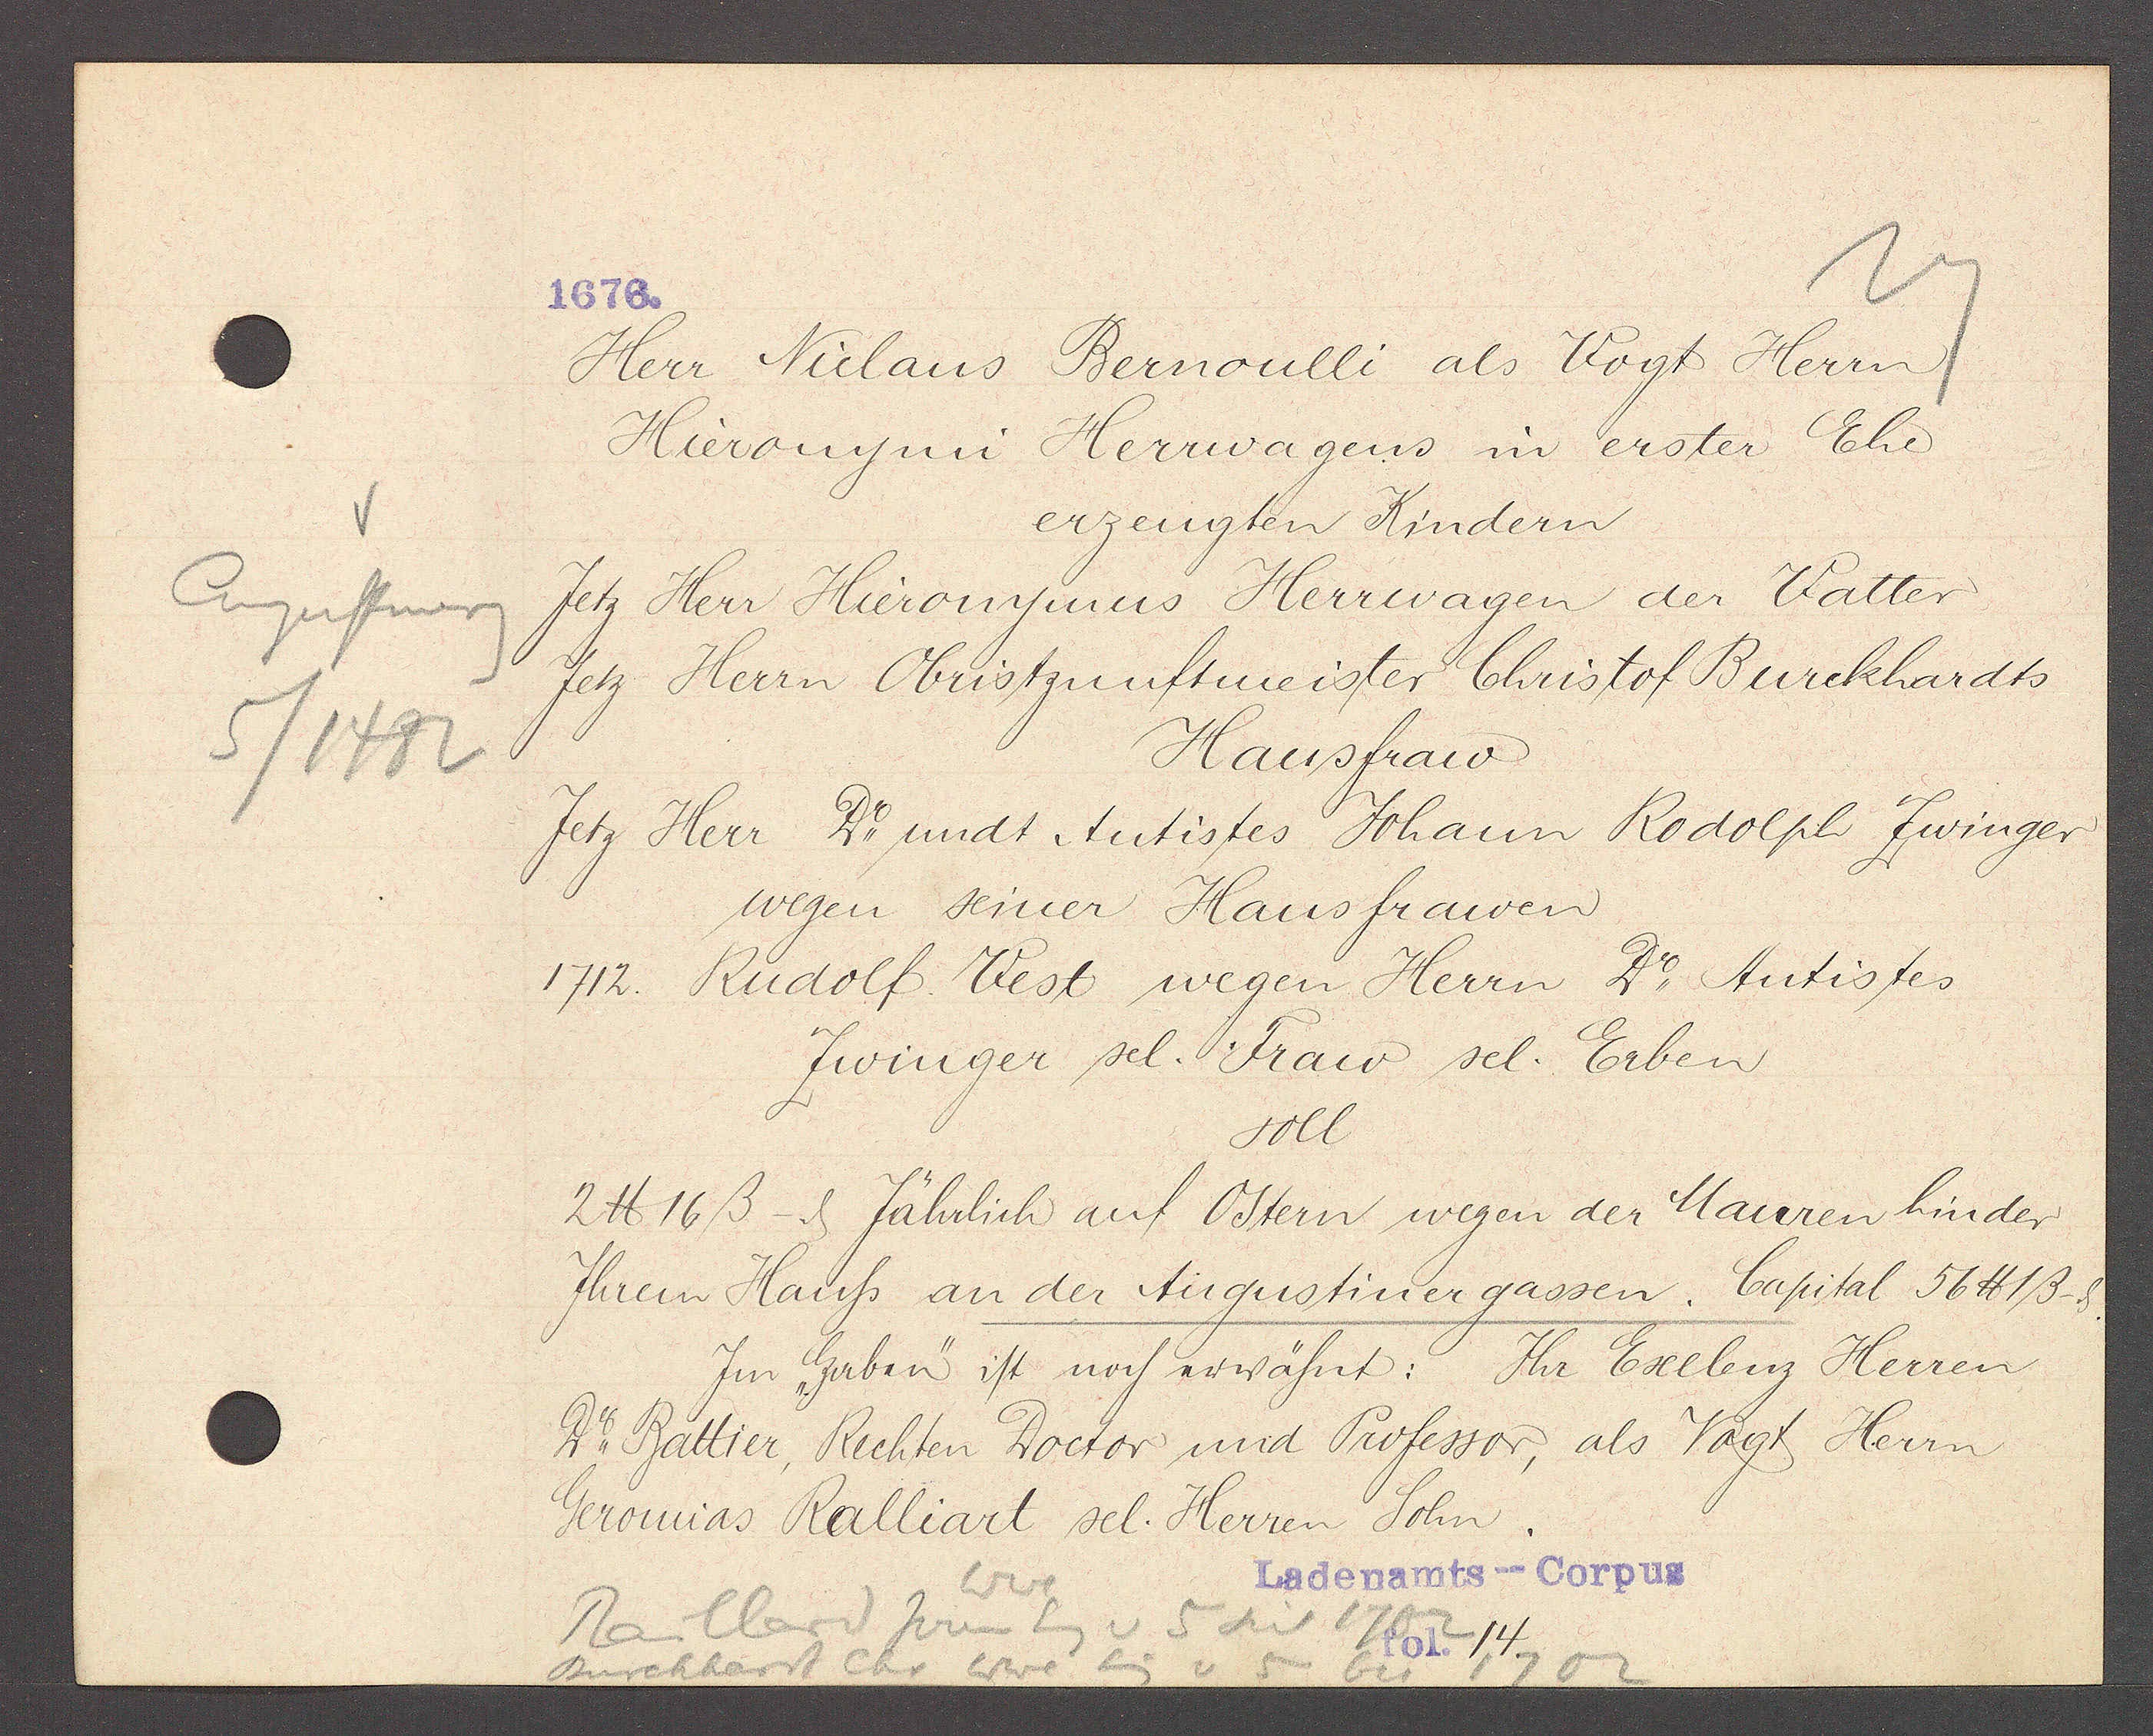
Transcript:
1676.

Augustinerg
5/1482

Raillard hren Eig
v 5 seit 1702
Burckhart Chr. Wwe. Eig v 5

Herr Niclaus Bernoulli als Vogt Herrn
Hieronymi Herrwagens in erster Ehe
erzeugten Kindern
Jetz Herr Hieronymus Herrwagen der Vatter
jetz Herrn Obristzunftmeister Christof Burckhardts
Hausfraw
Jetz Herr Do undt Autistes Johann Rodolph Zwinger
wegen seiner Hausfrawen
1712. Rudolf Vest wegen Herrn Do Autistes
Zwinger sel. Fraw sel. Erben
soll
2 ℔ 16ß - ȡ Jährlich auf Ostern wegen der Mauren hinder
Ihrem Hauss an der Augustiner gassen. Capital 56 ℔ 1ß
Jin "Gerben" ist noch erwähnt: Ihr Eselbenz Herren
Der Rattier, Rechten Doctor und Professor, als Vogt Herrn
Geromias Ralliart sel. Herren Sohn
Wwe

Ladenamts--Corpus